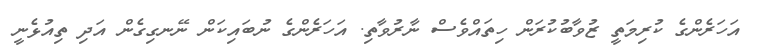
އަހަރެންގެ ކުރިމަތީ ޒުވާބުކުރަން ހިތައްވެސް ނާރުވާތި. އަހަރެންގެ ނުބައިކަން ނޭނގިގެން އަދި ތިއުޅެނީ